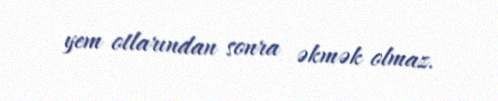
yem otlarından sonra əkmək olmaz.